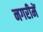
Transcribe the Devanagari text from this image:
नगरीमें